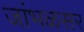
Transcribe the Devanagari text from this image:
जांभळसर